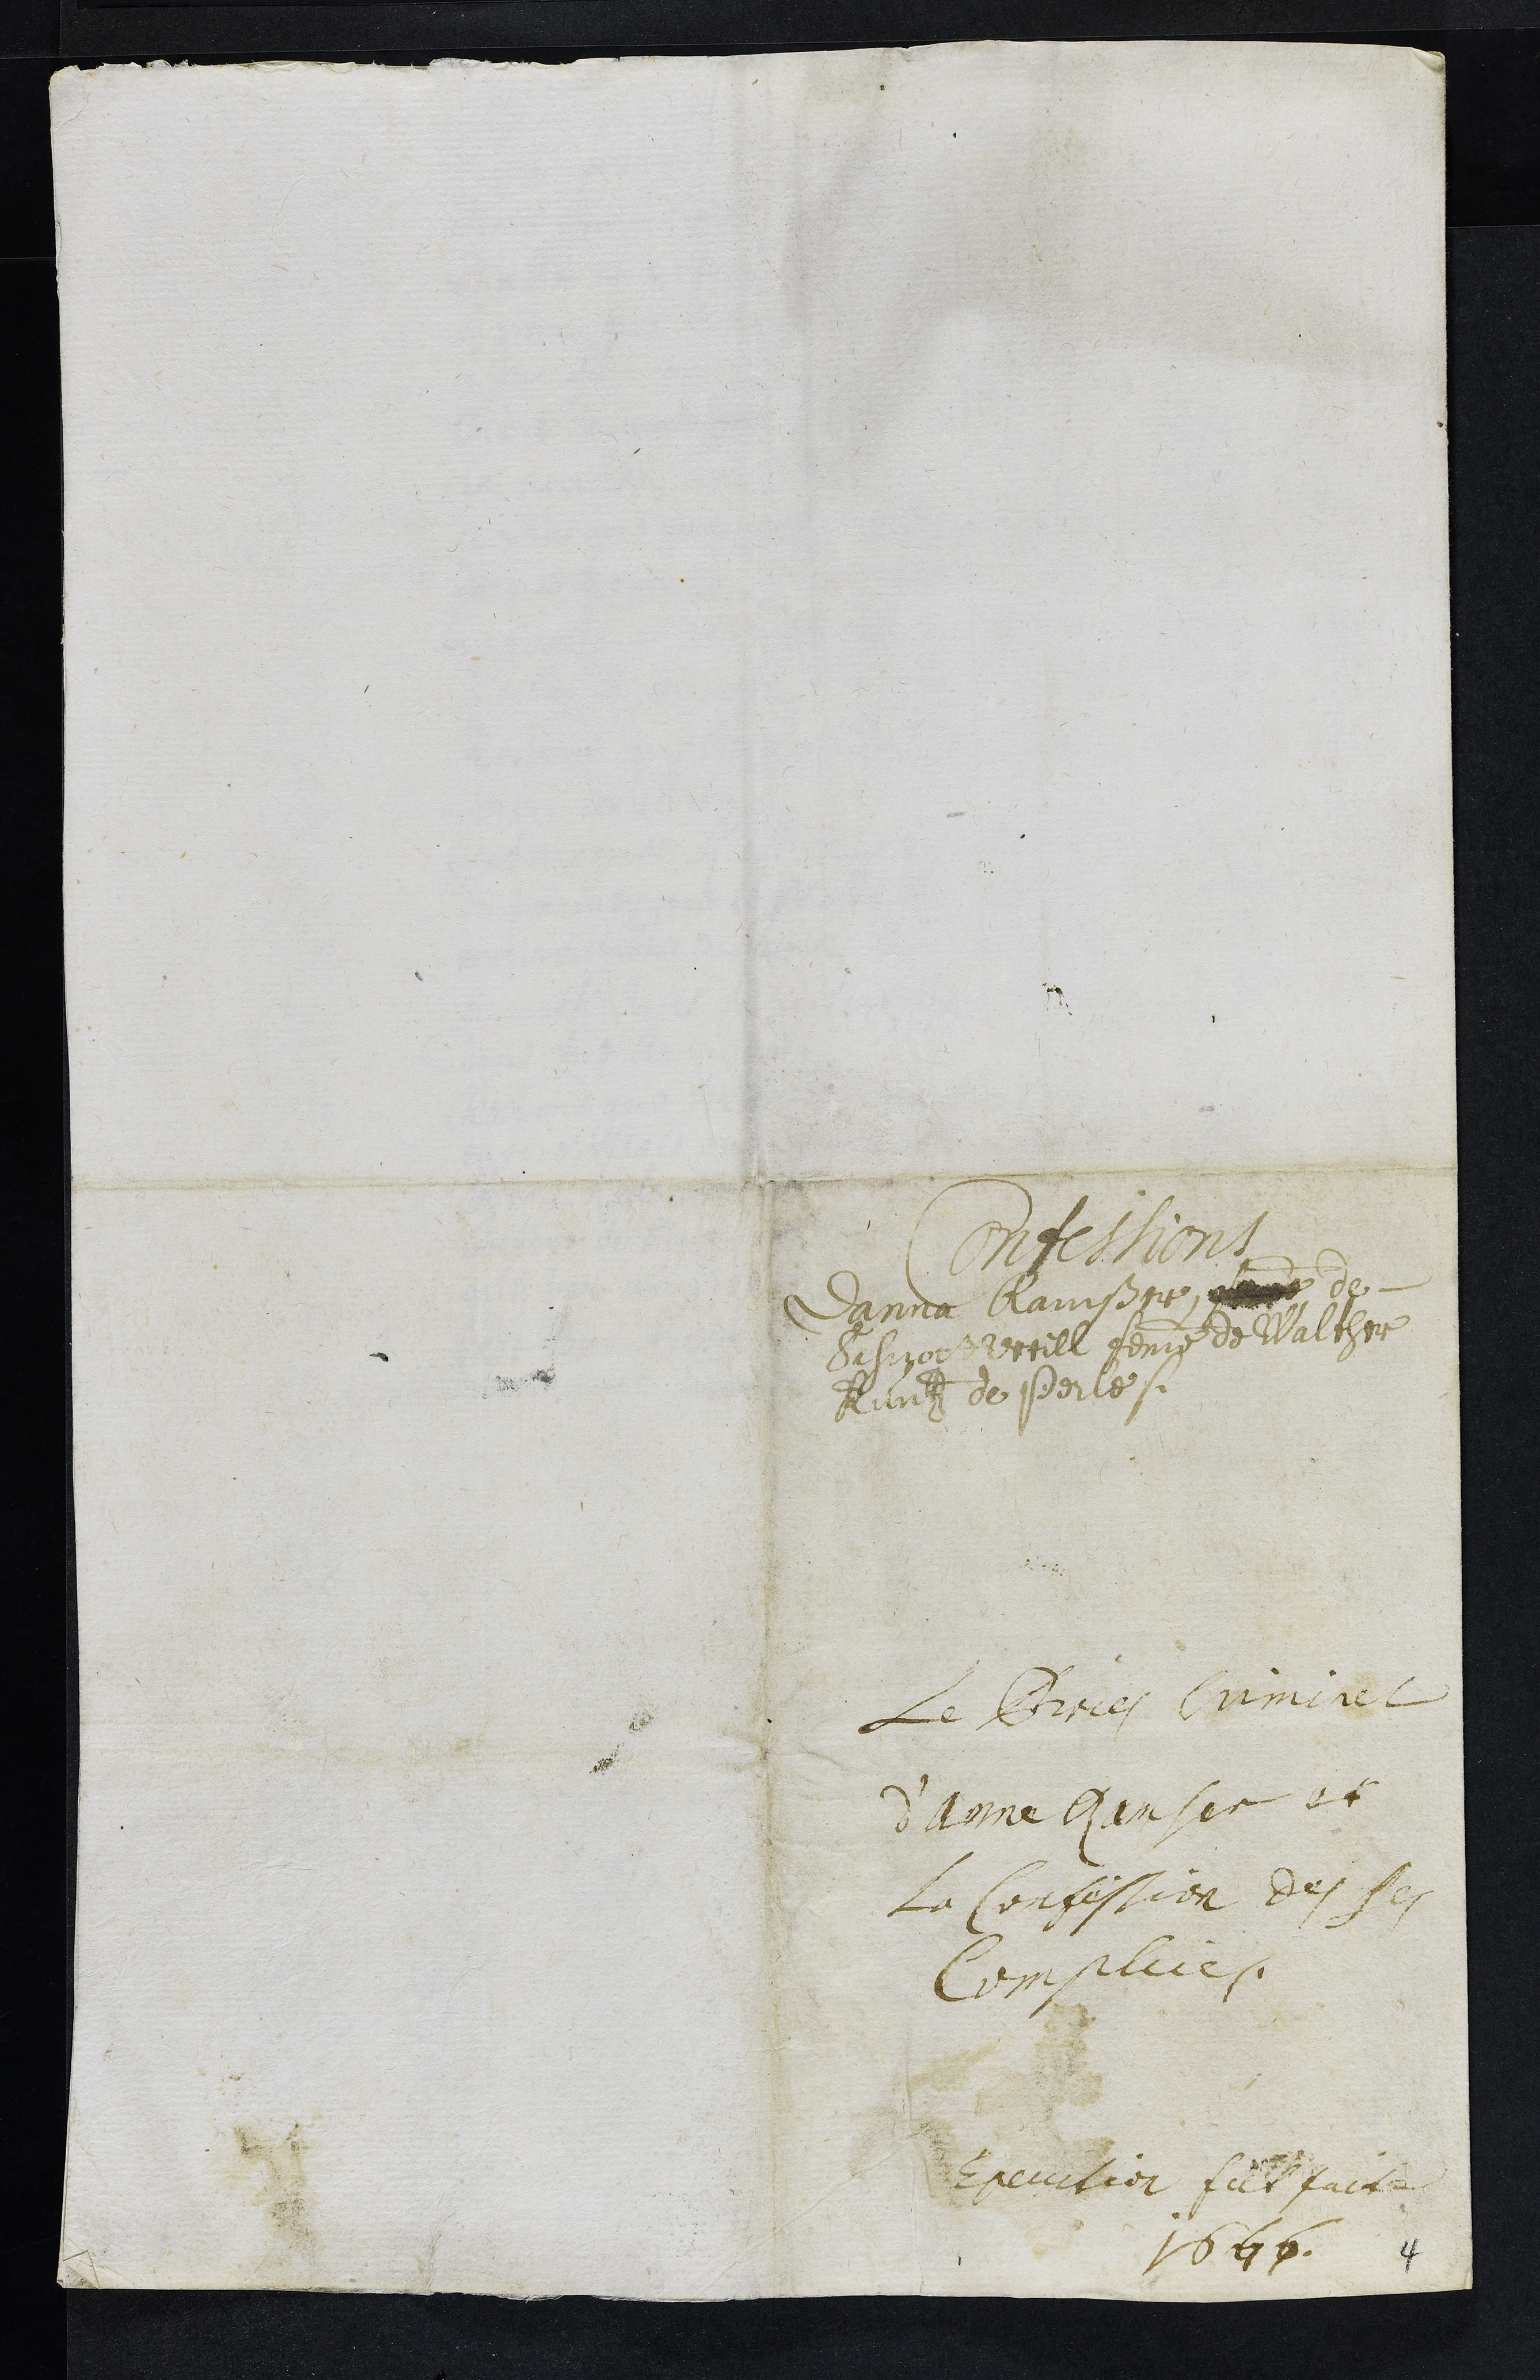
Confessions
Danna Ramßer, de
Schnottweill femme de Walther
Kuntz de Perle
Le Proces Criminel
d'Anne Ramser et
la Confession de ses
Complices
Execution fut faite
1666
4